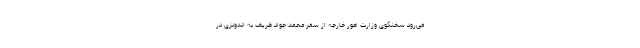
می‌رود سخنگوی وزارت امور خارجه از سفر محمد جواد ظریف به اندونزی در